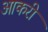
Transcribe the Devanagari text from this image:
आकरी